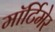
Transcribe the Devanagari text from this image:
माॅर्टिमेर